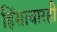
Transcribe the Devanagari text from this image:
हिंसाचारही